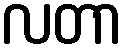
လတာ